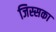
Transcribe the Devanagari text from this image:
जिस्सका